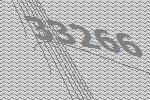
33266